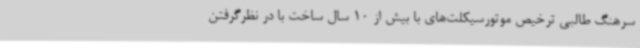
سرهنگ طالبی ترخیص موتورسیکلت‌های با بیش از 10 سال ساخت با در نظرگرفتن